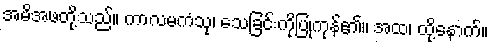
အမိအဖတို့သည်။ ကာလမကံသု၊ သေခြင်းကိုပြုကုန်၏။ အထ၊ ထို့နောက်။